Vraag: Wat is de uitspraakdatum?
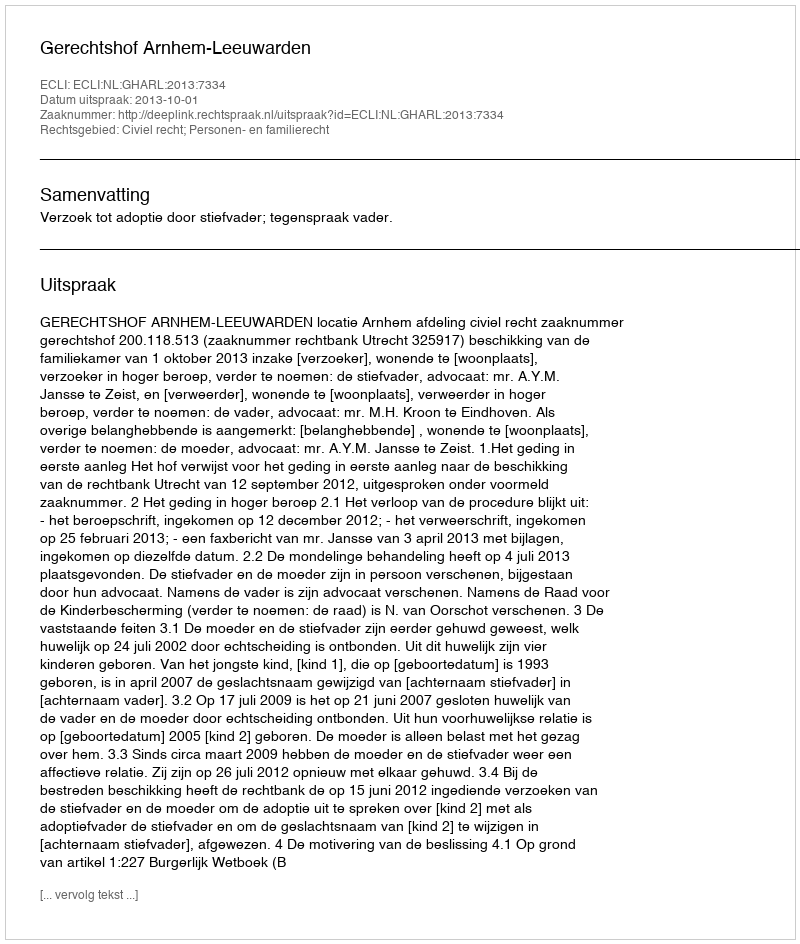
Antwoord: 2013-10-01